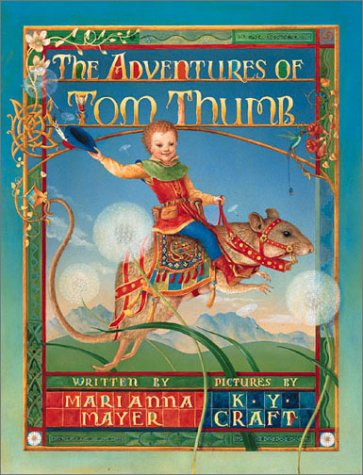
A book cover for The Adventures of Tom Thumb; Marianna Mayer; Children's Books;